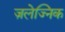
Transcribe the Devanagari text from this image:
ज़लेज्निक